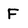
Character: F